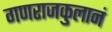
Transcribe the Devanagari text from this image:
गणराजकुलानं